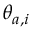
\theta _ { a , i }